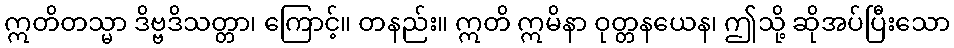
ဣတိတသ္မာ ဒိဗ္ဗဒိသတ္တာ၊ ကြောင့်။ တနည်း။ ဣတိ ဣမိနာ ဝုတ္တနယေန၊ ဤသို့ ဆိုအပ်ပြီးသော